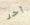
آخر